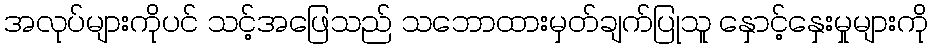
အလုပ်များကိုပင် သင့်အဖြေသည် သဘောထားမှတ်ချက်ပြုသူ နှောင့်နှေးမှုများကို